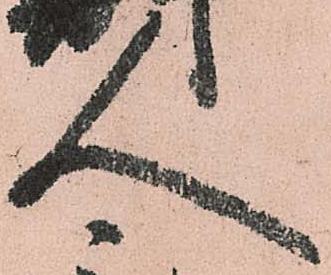
人